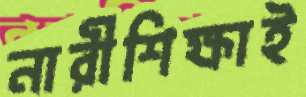
নারীশিক্ষাই